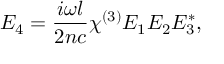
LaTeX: E _ { 4 } = { \frac { i \omega l } { 2 n c } } \chi ^ { ( 3 ) } E _ { 1 } E _ { 2 } E _ { 3 } ^ { * } ,